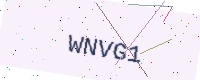
Text: WNVG1